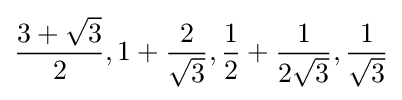
{\frac {3+{\sqrt {3}}}{2}},1+{\frac {2}{\sqrt {3}}},{\frac {1}{2}}+{\frac {1}{2{\sqrt {3}}}},{\frac {1}{\sqrt {3}}}